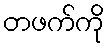
တဖက်ကို